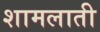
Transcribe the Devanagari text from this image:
शामलाती